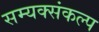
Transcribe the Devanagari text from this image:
सम्यक्संकल्प